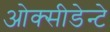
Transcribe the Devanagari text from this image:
ओक्सीडेन्टे